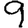
Digit: 9